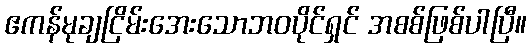
ဧကန်မုချငြိမ်းအေးသောဘဝပိုင်ရှင် အစစ်ဖြစ်ပါပြီ။